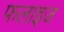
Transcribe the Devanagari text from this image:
फलाइज